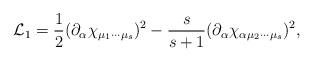
LaTeX: \begin{align*}{\cal L}_{1}=\frac{1}{2}(\partial _{\alpha }\chi _{\mu _{1}\cdots \mu_{s}})^{2}-\frac{s}{s+1}(\partial _{\alpha }\chi _{\alpha \mu _{2}\cdots \mu_{s}})^{2},\end{align*}